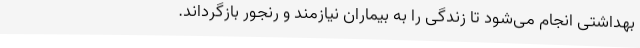
بهداشتی انجام می‌شود تا زندگی را به بیماران نیازمند و رنجور بازگرداند.